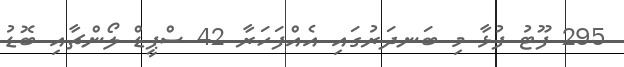
295 ފޫޓު ފުޅާ މި ބަނދަރުގައި އެއްފަހަރާ 42 ސްޕީޑް ލޯންޗާއި ބޮޑު